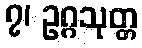
၇၊ ဥဂ္ဂသုတ္တ